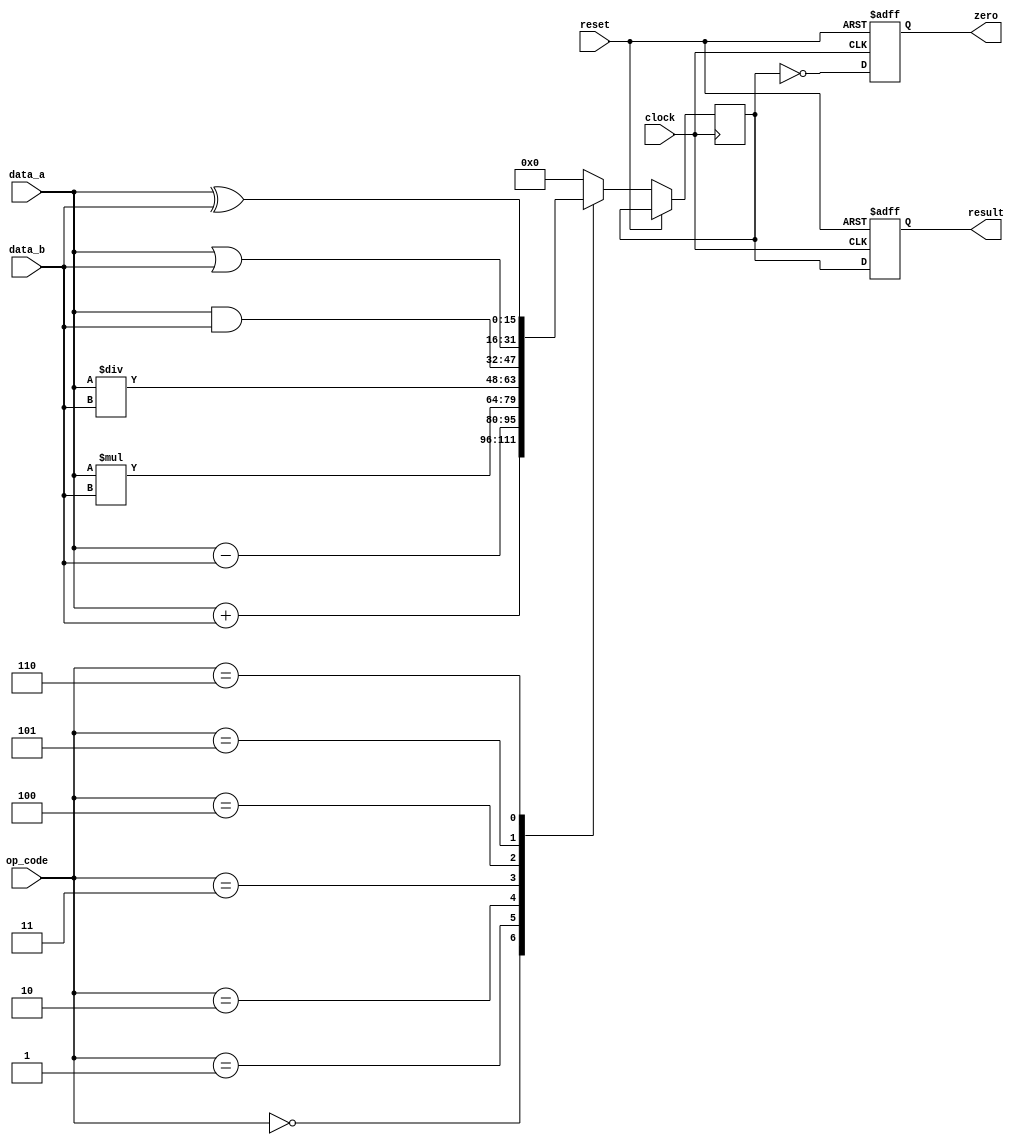
module alu_16bit (
    input [15:0] data_a,
    input [15:0] data_b,
    input [2:0] op_code,
    input clock,
    input reset,
    output reg [15:0] result,
    output reg zero
);

reg [15:0] temp_result;

always @(posedge clock or posedge reset) begin
    if (reset) begin
        result <= 16'b0;
        zero <= 1'b0;
    end else begin
        case (op_code)
            3'b000: temp_result <= data_a + data_b; // add
            3'b001: temp_result <= data_a - data_b; // subtract
            3'b010: temp_result <= data_a * data_b; // multiply
            3'b011: temp_result <= data_a / data_b; // divide
            3'b100: temp_result <= data_a & data_b; // bitwise AND
            3'b101: temp_result <= data_a | data_b; // bitwise OR
            3'b110: temp_result <= data_a ^ data_b; // bitwise XOR
            default: temp_result <= 16'b0;
        endcase
        
        result <= temp_result;
        zero <= (temp_result == 0);
    end
end

endmodule